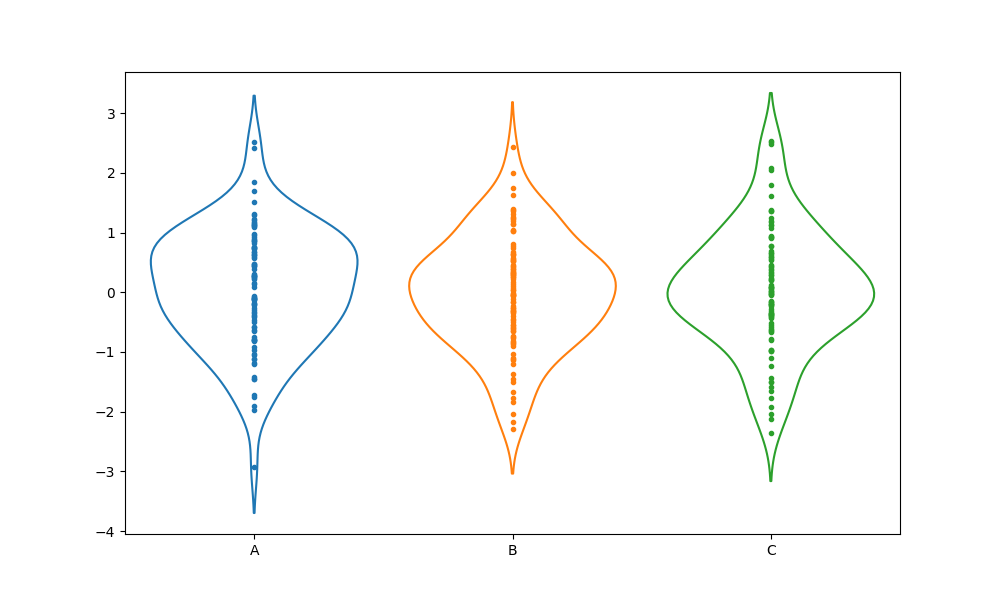
python, seaborn, violinplot, scale='count', split='False', inner='point', fill='False'